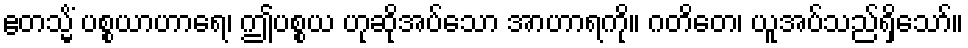
ဧတသ္မိံ ပစ္စယာဟာရေ၊ ဤပစ္စယ ဟုဆိုအပ်သော အာဟာရကို။ ဂတိတေ၊ ယူအပ်သည်ရှိသော်။